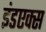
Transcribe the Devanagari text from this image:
इंडएक्स